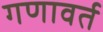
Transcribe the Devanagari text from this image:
गणावर्त